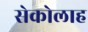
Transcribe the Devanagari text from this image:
सेकोलाह